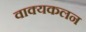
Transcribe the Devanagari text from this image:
वाक्यकलन